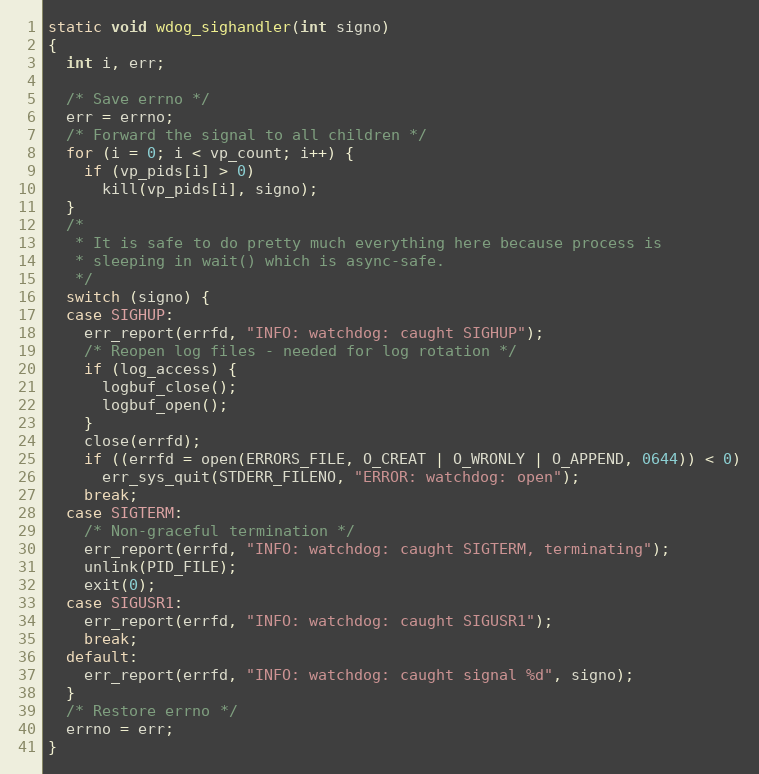
Language: C
static void wdog_sighandler(int signo)
{
  int i, err;

  /* Save errno */
  err = errno;
  /* Forward the signal to all children */
  for (i = 0; i < vp_count; i++) {
    if (vp_pids[i] > 0)
      kill(vp_pids[i], signo);
  }
  /*
   * It is safe to do pretty much everything here because process is
   * sleeping in wait() which is async-safe.
   */
  switch (signo) {
  case SIGHUP:
    err_report(errfd, "INFO: watchdog: caught SIGHUP");
    /* Reopen log files - needed for log rotation */
    if (log_access) {
      logbuf_close();
      logbuf_open();
    }
    close(errfd);
    if ((errfd = open(ERRORS_FILE, O_CREAT | O_WRONLY | O_APPEND, 0644)) < 0)
      err_sys_quit(STDERR_FILENO, "ERROR: watchdog: open");
    break;
  case SIGTERM:
    /* Non-graceful termination */
    err_report(errfd, "INFO: watchdog: caught SIGTERM, terminating");
    unlink(PID_FILE);
    exit(0);
  case SIGUSR1:
    err_report(errfd, "INFO: watchdog: caught SIGUSR1");
    break;
  default:
    err_report(errfd, "INFO: watchdog: caught signal %d", signo);
  }
  /* Restore errno */
  errno = err;
}